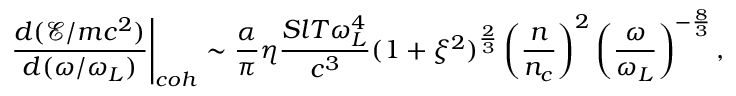
\left. \frac { d ( \mathcal { E } / m c ^ { 2 } ) } { d ( \omega / \omega _ { L } ) } \right| _ { c o h } \sim \frac { \alpha } { \pi } \eta \frac { S l T \omega _ { L } ^ { 4 } } { c ^ { 3 } } ( 1 + \xi ^ { 2 } ) ^ { \frac { 2 } { 3 } } \left( \frac { n } { n _ { c } } \right) ^ { 2 } \left( \frac { \omega } { \omega _ { L } } \right) ^ { - \frac { 8 } { 3 } } ,